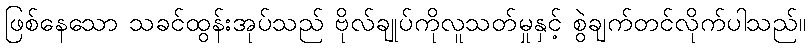
ဖြစ်နေသော သခင်ထွန်းအုပ်သည် ဗိုလ်ချုပ်ကိုလူသတ်မှုနှင့် စွဲချက်တင်လိုက်ပါသည်။